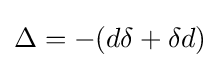
\Delta =-(d\delta +\delta d)